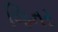
જિનર